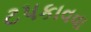
ટપકાવવા